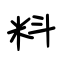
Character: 料